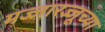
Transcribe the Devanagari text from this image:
मज्जारज्जूच्या